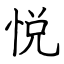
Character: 悦